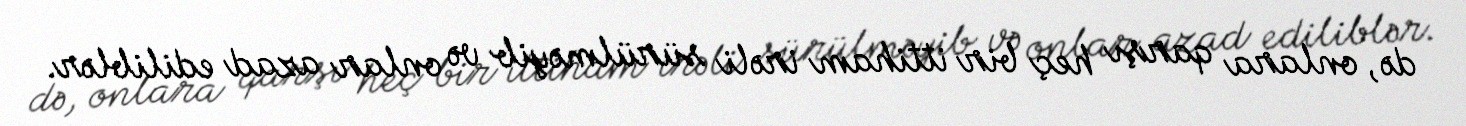
də, onlara qarşı heç bir ittiham irəli sürülməyib və onlar azad ediliblər.